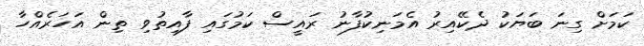
ކަަމަށް ގިނަ ބަޔަކު ދެކޭއިރު އެމަނިކުފާނު ރައީސް ކަމުގައި ފާއިތުވި ތިން އަހަރެއްހާ